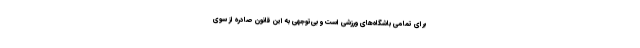
برای تمامی باشگاه‌های ورزشی است و بی‌توجهی به این قانون صادره از سوی